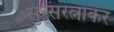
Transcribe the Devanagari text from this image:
सुरसरत्नाकर